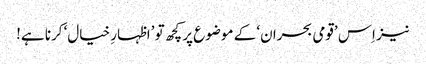
نیز اِس ’قومی بحران‘ کے موضوع پر کچھ تو ’اظہارِ خیال‘ کرنا ہے!